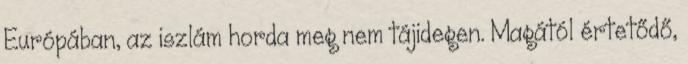
Európában, az iszlám horda meg nem tájidegen. Magától értetődő,